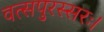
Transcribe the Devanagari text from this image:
वत्सपुरस्सरः।